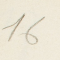
16